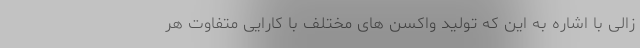
زالی با اشاره به این که تولید واکسن های مختلف با کارایی متفاوت هر